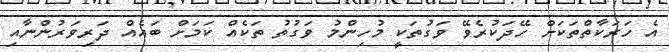
އެ ހަރަކާތްތަކަށް ހޭދަކުރެވޭ ވަގުތަކީ މުހިންމު ވަގުތު ތަކެއް ކަމަށް ބައެއް ދަރިވަރުންނާއި